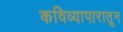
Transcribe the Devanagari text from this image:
कविव्यापारातून